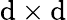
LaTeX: \mathrm{d}\times\mathrm{d}